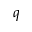
q